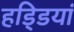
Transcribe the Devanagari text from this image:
हडि्डयां